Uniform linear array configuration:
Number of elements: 12
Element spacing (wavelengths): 0.25
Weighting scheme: cosine
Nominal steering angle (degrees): -30
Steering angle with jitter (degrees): -29.594
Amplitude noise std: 0.05
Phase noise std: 0.05

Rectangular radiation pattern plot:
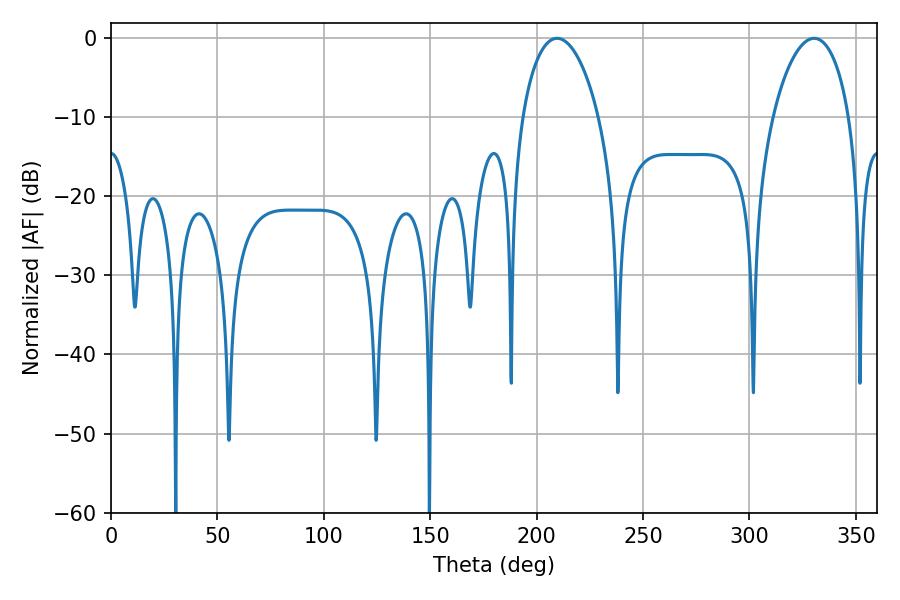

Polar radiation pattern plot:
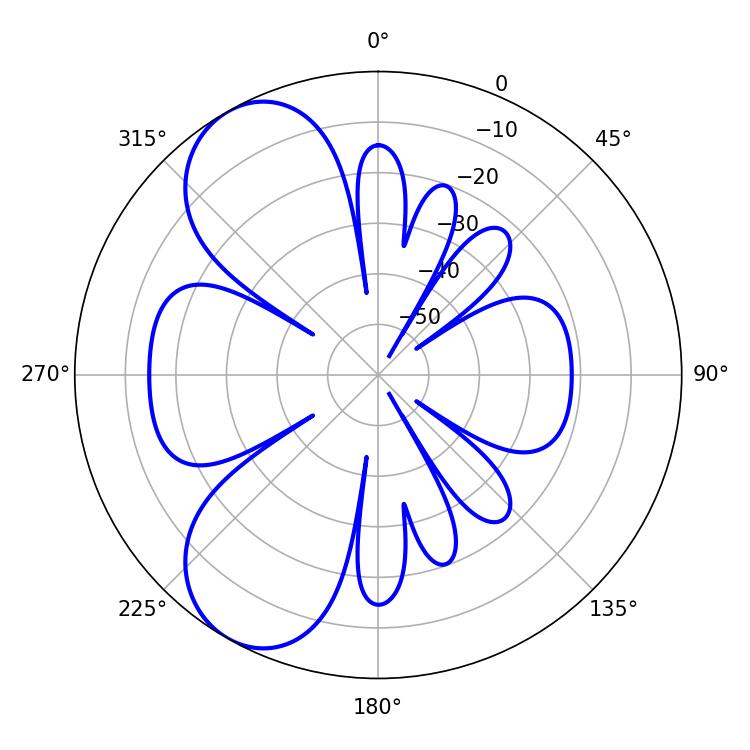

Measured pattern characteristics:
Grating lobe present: FALSE
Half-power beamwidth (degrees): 20.34
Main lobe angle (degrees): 209.52